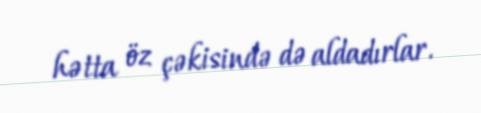
hətta öz çəkisində də aldadırlar.